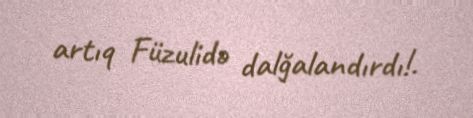
artıq Füzulidə dalğalandırdı!.